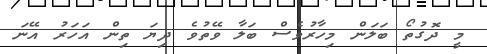
މީ ދޮގުތޯ ބަލަން މިހާރުވެސް ބަލާ ވޭތުވެ ދިޔަ ތިން އަހަރު އޭނަ